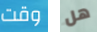
وقت هل